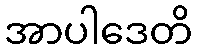
အာပါဒေတိ